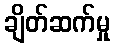
ချိတ်ဆက်မှု